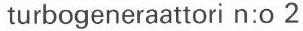
turbogeneraattori n:o 2